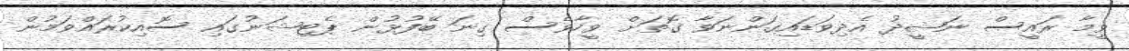
ވީމާ ރައީސް ނަޝީދު އެދިވަޑައިގަންނަވާ ގޮތަށް ވީހާވެސް ގިނަ ބޭފުޅުން ޕެޓިޝަނުގައި ސޮއިކުރައްވަމުން